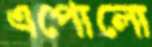
এপোলো